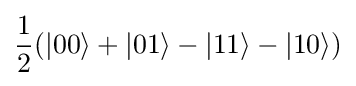
{\frac {1}{2}}(|00\rangle +|01\rangle -|11\rangle -|10\rangle )